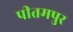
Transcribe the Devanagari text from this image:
पीतमपुर